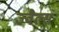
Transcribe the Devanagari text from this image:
ज्वैल्स